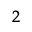
_ { 2 }